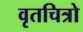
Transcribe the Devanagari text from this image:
वृतचित्रो